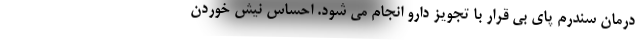
درمان سندرم پای بی قرار با تجویز دارو انجام می شود. احساس نیش خوردن